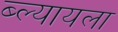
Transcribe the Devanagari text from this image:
ब्ल्यायला